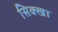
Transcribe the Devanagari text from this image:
सिक्खा